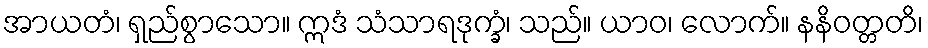
အာယတံ၊ ရှည်စွာသော။ ဣဒံ သံသာရဒုက္ခံ၊ သည်။ ယာဝ၊ လောက်။ နနိဝတ္တတိ၊